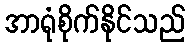
အာရုံစိုက်နိုင်သည်